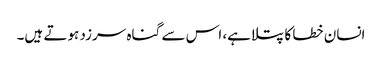
انسان خطا کا پتلا ہے، اس سے گناہ سرزد ہوتے ہیں۔